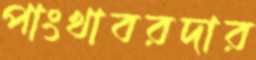
পাংখাবরদার